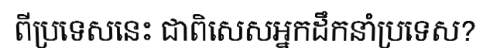
ពីប្រទេសនេះ ជាពិសេសអ្នកដឹកនាំប្រទេស?